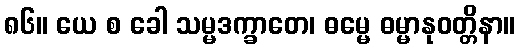
၈၆။ ယေ စ ခေါ သမ္မဒက္ခာတေ၊ ဓမ္မေ ဓမ္မာနုဝတ္တိနာ။